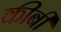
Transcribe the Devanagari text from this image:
कीबी